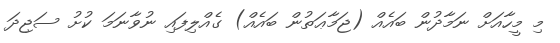
މި މީހާއަށް ނަމާދުން ބައެއް (ޖަމާޢަތުން ބައެއް) ގެއްލިފައި ނުވާނަމަ ކުށު ސަޖިދަ